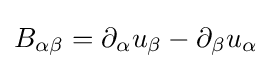
B_{\alpha \beta }=\partial _{\alpha }u_{\beta }-\partial _{\beta }u_{\alpha }